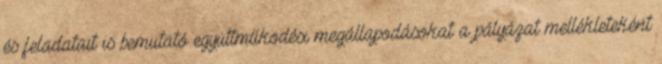
és feladatait is bemutató együttműködési megállapodásokat a pályázat mellékleteként